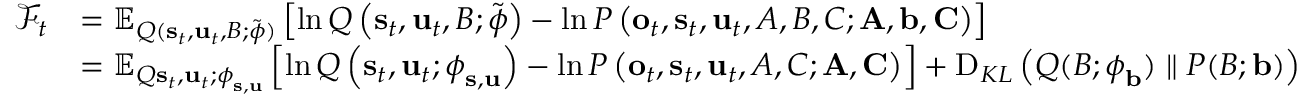
\begin{array} { r l } { \mathcal { F } _ { t } } & { = \mathbb { E } _ { Q ( \mathbf { s } _ { t } , \mathbf { u } _ { t } , B ; \tilde { \boldsymbol { \phi } } ) } \left[ \ln Q \left( \mathbf { s } _ { t } , \mathbf { u } _ { t } , B ; \tilde { \boldsymbol { \phi } } \right) - \ln P \left( \mathbf { o } _ { t } , \mathbf { s } _ { t } , \mathbf { u } _ { t } , A , B , C ; \mathbf { A } , \mathbf { b } , \mathbf { C } \right) \right] } \\ & { = \mathbb { E } _ { Q \mathbf { s } _ { t } , \mathbf { u } _ { t } ; \boldsymbol { \phi } _ { \mathbf { s } , \mathbf { u } } } \left[ \ln Q \left( \mathbf { s } _ { t } , \mathbf { u } _ { t } ; \boldsymbol { \phi } _ { \mathbf { s } , \mathbf { u } } \right) - \ln P \left( \mathbf { o } _ { t } , \mathbf { s } _ { t } , \mathbf { u } _ { t } , A , C ; \mathbf { A } , \mathbf { C } \right) \right] + \operatorname { D } _ { K L } \left( Q ( B ; \boldsymbol { \phi } _ { \mathbf { b } } ) \parallel P ( B ; \mathbf { b } ) \right) } \end{array}